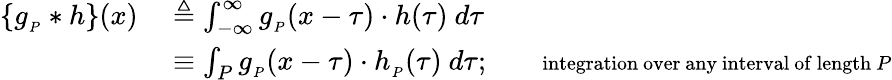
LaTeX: {\begin{array}{rl}{\{ g_{_{P}}*h\} (x)\ }&{\triangleq\int_{-\infty}^{\infty}g_{_{P}}(x-\tau)\cdot h(\tau)\ d\tau}\\ &{\equiv\int_{P}g_{_{P}}(x-\tau)\cdot h_{_{P}}(\tau)\ d\tau;\quad\quad\scriptstyle{\mathrm{integration~over~any~interval~of~length~}}P}\end{array}}